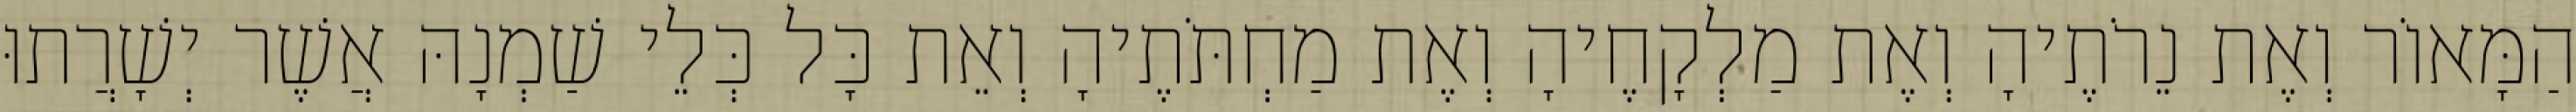
הַמָּאוֹר וְאֶת נֵרֹתֶיהָ וְאֶת מַלְקָחֶיהָ וְאֶת מַחְתֹּתֶיהָ וְאֵת כָּל כְּלֵי שַׁמְנָהּ אֲשֶׁר יְשָׁרֲתוּ